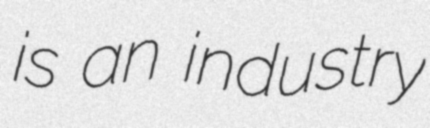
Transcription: is an industry